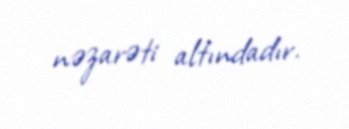
nəzarəti altındadır.